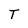
Character: T